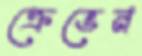
ক্রেভেন